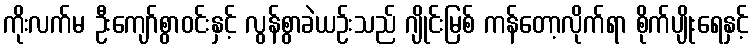
ကိုးလက်မ ဦးကျော်စွာဝင်းနှင့် လွန်စွာခဲယဉ်းသည် ဂျိုင်းမြစ် ကန်တော့လိုက်ရာ စိုက်ပျိုးရေနှင့်